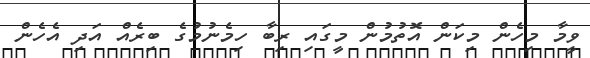
ވީމާ މިހެން މިކަން އޮތުމުން މީގައި ރިބާ ހިމެނުމުގެ ބިރެއް އަދި އެހެން